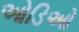
ઓડિઓ